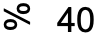
% 40